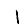
Digit: 1